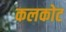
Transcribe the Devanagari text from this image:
कलकोट